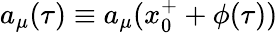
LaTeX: a_{\mu}(\tau)\equiv a_{\mu}(x_{0}^{+}+\phi(\tau))